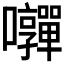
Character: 𭍄